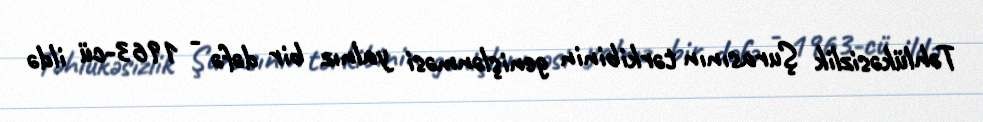
Təhlükəsizlik Şurasının tərkibinin genişlənməsi yalnız bir dəfə - 1963-cü ildə